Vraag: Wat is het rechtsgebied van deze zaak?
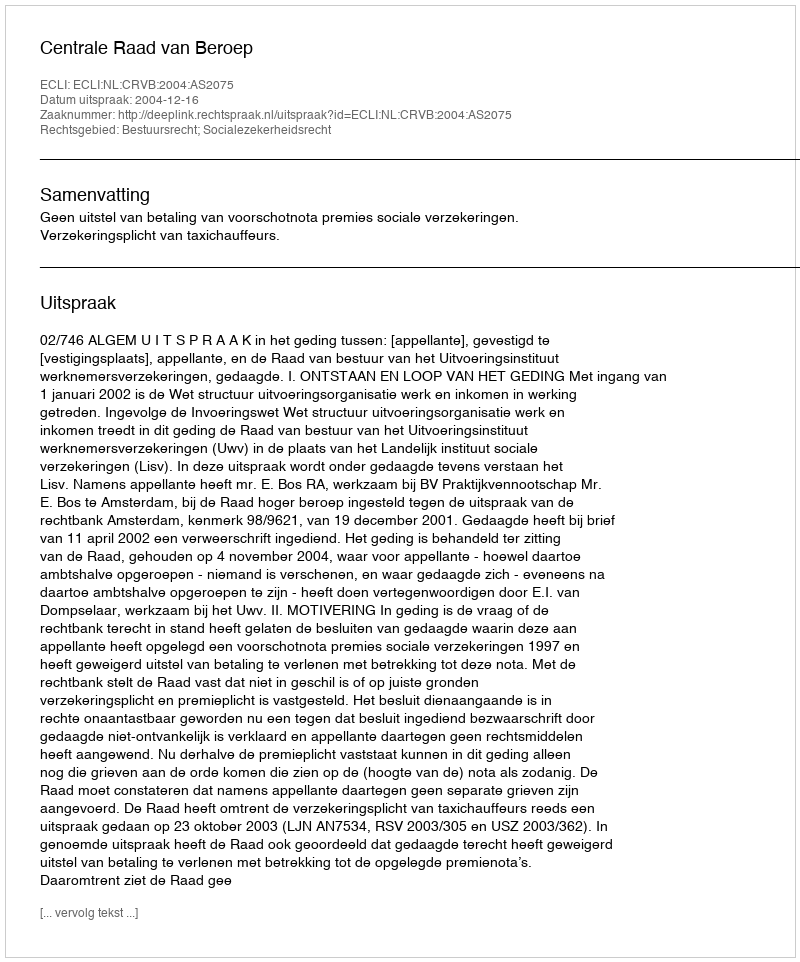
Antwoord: Bestuursrecht; Socialezekerheidsrecht